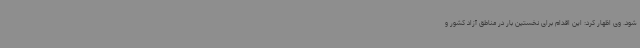
شود. وی اظهار کرد: این اقدام برای نخستین بار در مناطق آزاد کشور و